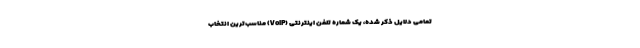
تمامی دلایل ذکر شده، یک شماره تلفن اینترنتی (VoIP) مناسب‌ترین انتخاب